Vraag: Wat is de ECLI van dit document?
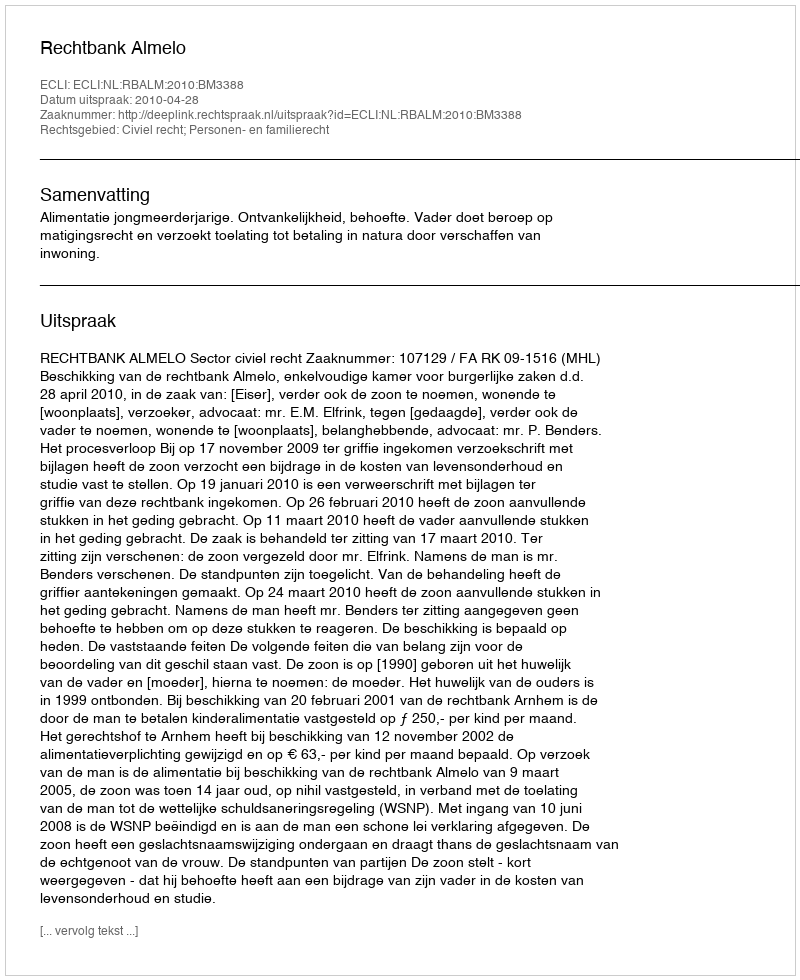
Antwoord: ECLI:NL:RBALM:2010:BM3388